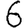
Digit: 6